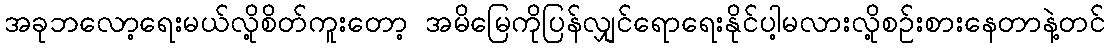
အခုဘလော့ရေးမယ်လို့စိတ်ကူးတော့ အမိမြေကိုပြန်လျှင်ရောရေးနိုင်ပါ့မလားလို့စဉ်းစားနေတာနဲ့တင်